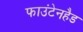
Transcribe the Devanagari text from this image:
फाउंटेनहैड